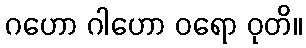
ဂဟော ဂါဟော ဝရော ဝုတိ။